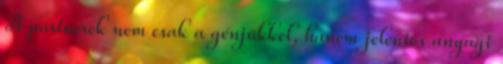
A partnerek nem csak a génjükkel, hanem jelentős anyagi